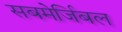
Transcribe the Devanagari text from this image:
सबमेर्जिबल